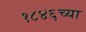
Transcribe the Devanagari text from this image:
१८४६च्या